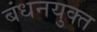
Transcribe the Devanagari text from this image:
बंधनयुक्त